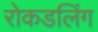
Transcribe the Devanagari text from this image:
रोकडलिंग